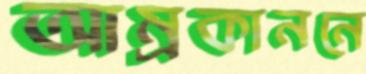
আম্রকাননে